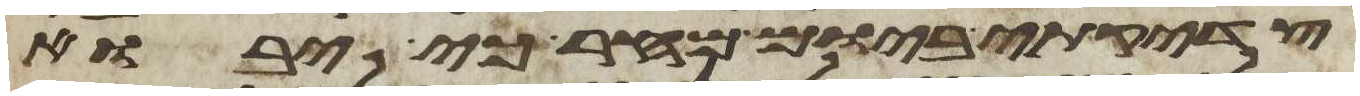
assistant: צדקתי ביום מחר כי יבוא